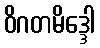
ဝိဂတမိဒ္ဒေါ